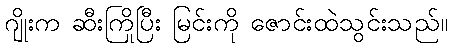
ဂျိုးက ဆီးကြိုပြီး မြင်းကို ဇောင်းထဲသွင်းသည်။